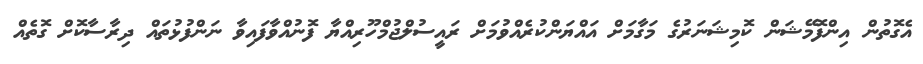
އެގޮތުން އިންފޮމޭޝަން ކޮމިޝަނަރުގެ މަގާމަށް އައްޔަންކުރެއްވުމަށް ރައީސުލްޖުމްހޫރިއްޔާ ފޮނުއްވާފައިވާ ނަންފުޅުތައް ދިރާސާކޮށް ގޮތެއް